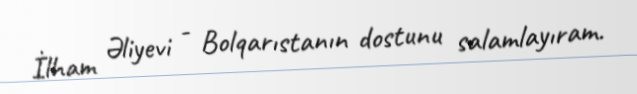
İlham Əliyevi - Bolqarıstanın dostunu salamlayıram.